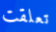
تعلقت